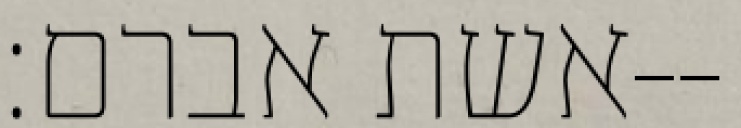
אשת אברם׃--